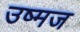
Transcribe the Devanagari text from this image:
उष्मज